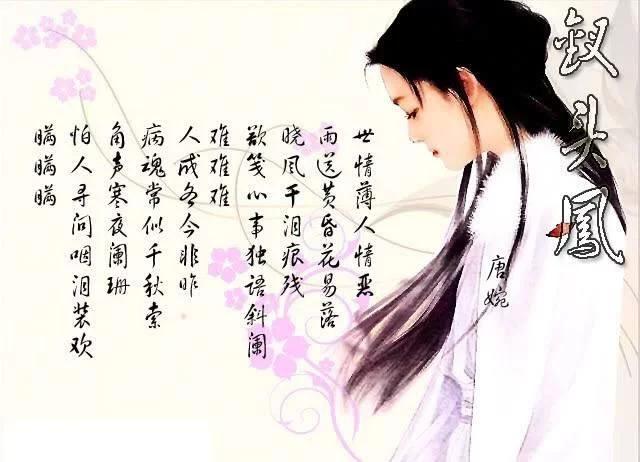
世情薄，人情恶，雨送黄昏花易落。